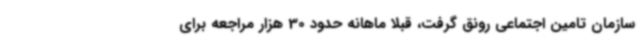
سازمان تامین اجتماعی رونق گرفت، قبلا ماهانه حدود 30 هزار مراجعه برای